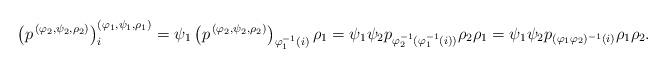
LaTeX: \begin{align*}\left(p^{\,(\varphi_2,\psi_2,\rho_2)}\right)^{(\varphi_1,\psi_1,\rho_1)}_i=\psi_1 \left(p^{\,(\varphi_2,\psi_2,\rho_2)}\right)_{\varphi_1^{-1}(i)}\rho_1=\psi_1\psi_2 p_{\varphi_2^{-1}(\varphi_1^{-1}(i))}\rho_2 \rho_1=\psi_1\psi_2 p_{(\varphi_1\varphi_2)^{-1}(i)}\rho_1\rho_2.\end{align*}